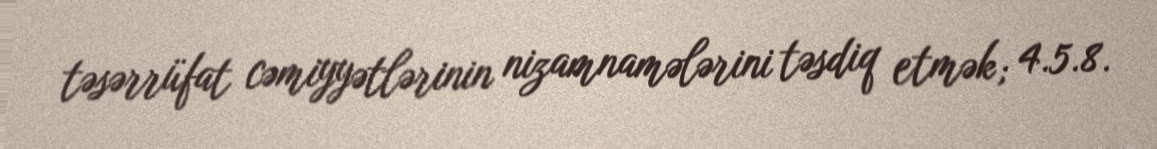
təsərrüfat cəmiyyətlərinin nizamnamələrini təsdiq etmək; 4.5.8.